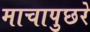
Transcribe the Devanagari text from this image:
माचापुछरे